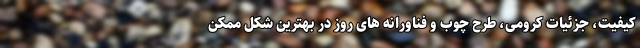
کیفیت، جزئیات کرومی، طرح چوب و فناورانه های روز در بهترین شکل ممکن